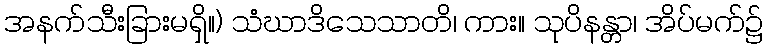
အနက်သီးခြားမရှိ။) သံဃာဒိသေသာတိ၊ ကား။ သုပိနန္တာ၊ အိပ်မက်၌